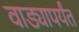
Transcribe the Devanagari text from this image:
वाड्यापर्यंत